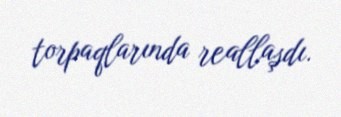
torpaqlarında reallaşdı.